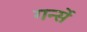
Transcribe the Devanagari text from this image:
गर्न्से